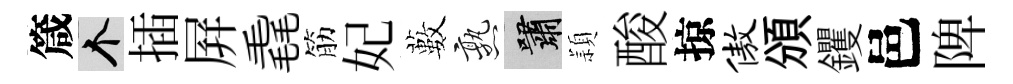
箴个插屛毳筋妃藪熟嘯頴酸掠傲頒钁邑陴